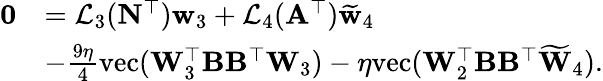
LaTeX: \begin{array}{rl}{\mathbf{0}}&{=\mathcal{L}_{3}(\mathbf{N}^{\top})\mathbf{w}_{3}+\mathcal{L}_{4}(\mathbf{A}^{\top})\widetilde{\mathbf{w}}_{4}}\\ &{-\frac{9\eta}{4}\mathrm{vec}(\mathbf{W}_{3}^{\top}\mathbf{B}\mathbf{B}^{\top}\mathbf{W}_{3})-\eta\mathrm{vec}(\mathbf{W}_{2}^{\top}\mathbf{B}\mathbf{B}^{\top}\widetilde{\mathbf{W}}_{4}).}\end{array}